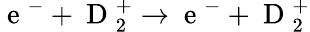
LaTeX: \mathrm{~e~}^{-}+\mathrm{~D~}_{2}^{+}\rightarrow\mathrm{~e~}^{-}+\mathrm{~D~}_{2}^{+}